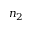
n _ { 2 }